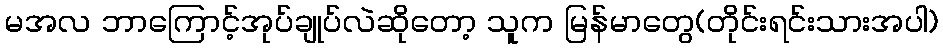
မအလ ဘာကြောင့်အုပ်ချုပ်လဲဆိုတော့ သူက မြန်မာတွေ(တိုင်းရင်းသားအပါ)